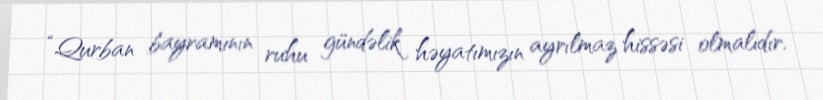
“Qurban bayramının ruhu gündəlik həyatımızın ayrılmaz hissəsi olmalıdır.